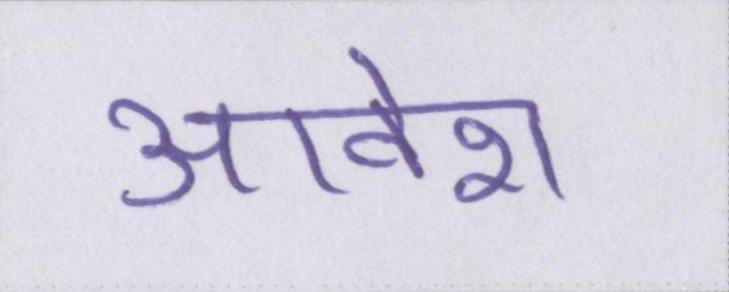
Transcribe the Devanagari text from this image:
आवेश